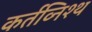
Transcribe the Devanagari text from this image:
कर्तव्निश्थ